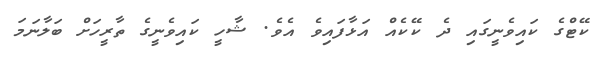
ކޭޓްގެ ކައިވެނީގައި ދެ ކޭކެއް އަޅާފައިވެ އެވެ. ޝާހީ ކައިވެނީގެ ތާރީހަށް ބަލާނަމަ